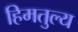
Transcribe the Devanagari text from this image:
हिमतुल्य